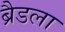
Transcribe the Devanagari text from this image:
ब्रैडला